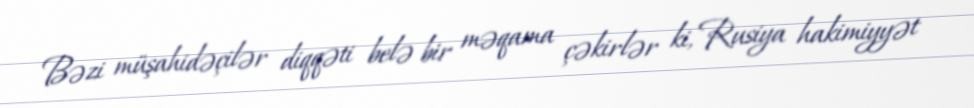
Bəzi müşahidəçilər diqqəti belə bir məqama çəkirlər ki, Rusiya hakimiyyət